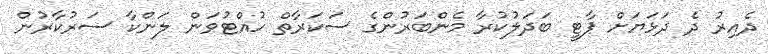
ދެއިރު ދެ ދަޅަޔަށް ޕާޓީ ބަދަލުކުރާ މެންބަރުންގެ ސަކަރާތް ހުއްޓުވަން ލަންކާ ސަރުކާރުން